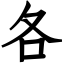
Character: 各